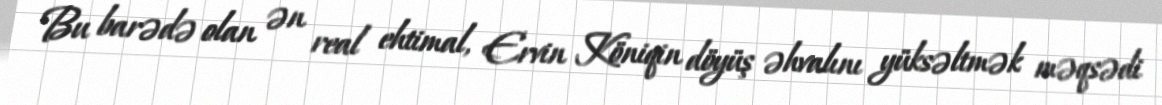
Bu barədə olan ən real ehtimal, Ervin Köniqin döyüş əhvalını yüksəltmək məqsədi